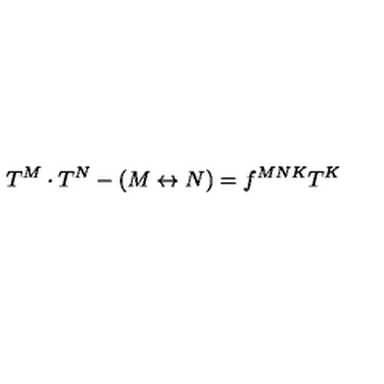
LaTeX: T ^ { M } \cdot T ^ { N } - ( M \leftrightarrow N ) = f ^ { M N K } T ^ { K }